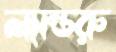
ল্যান্ডরু